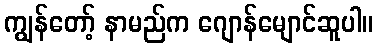
ကျွန်တော့် နာမည်က ဂျောန်မျောင်ဆူပါ။